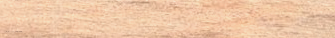
مركز العلاج الطبيعي يقدم